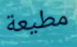
مطيعة